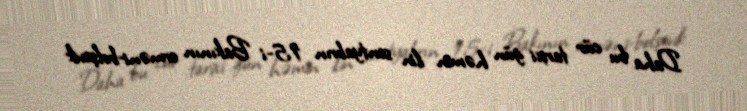
Daha bu cür tarixi gün həmin ilin sentyabrın 15-i Bakının erməni-bolşevik